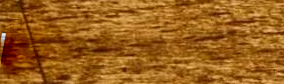
Open24Hours